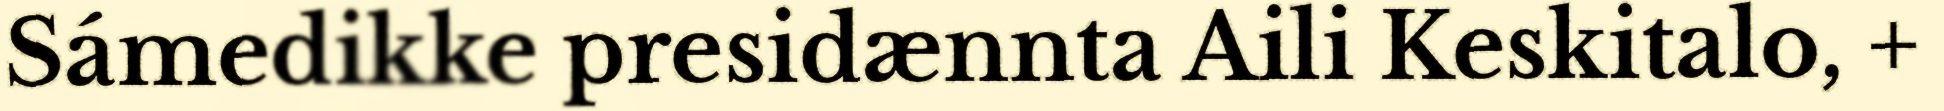
Sámedikke presidænnta Aili Keskitalo, +